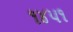
૧૪૫૧